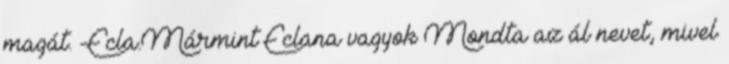
magát. -Ecla.Mármint Eclana vagyok Mondta az ál nevet, mivel